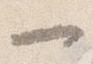
一